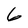
Character: 6